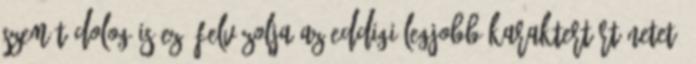
szemét dolog is ez, felvázolja az eddigi legjobb karaktertörténetet,